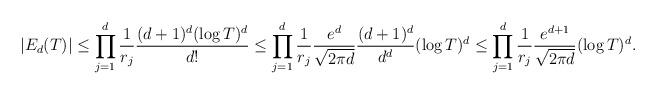
LaTeX: \begin{align*}|E_d(T)| &\leq \prod_{j=1}^d \frac 1 {r_j} \frac{(d+1)^d (\log T)^d}{d!} \leq \prod_{j=1}^d \frac 1 {r_j} \frac {e^{d}} {\sqrt{2 \pi d}} \frac{(d+1)^d} {d^d} (\log T)^d \leq \prod_{j=1}^d \frac 1 {r_j} \frac {e^{d+1}}{\sqrt{2 \pi d}} (\log T)^d. \end{align*}